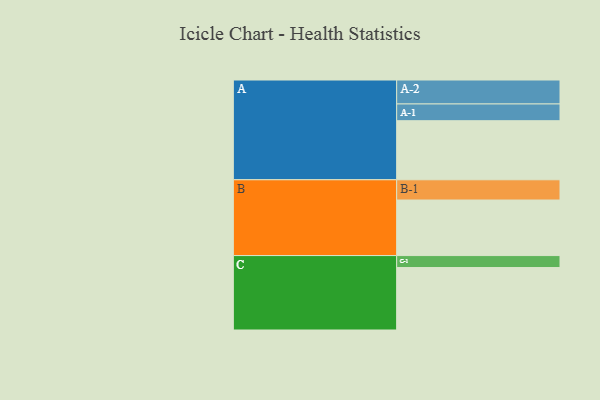
{"axis": {"x": "Segment", "y": "Value"}, "legend": ["", "A", "B", "C"], "data": [{"x": "A", "y": 557, "type": ""}, {"x": "B", "y": 524, "type": ""}, {"x": "C", "y": 589, "type": ""}, {"x": "A-1", "y": 158, "type": "A"}, {"x": "A-2", "y": 226, "type": "A"}, {"x": "B-1", "y": 191, "type": "B"}, {"x": "C-1", "y": 113, "type": "C"}]}